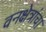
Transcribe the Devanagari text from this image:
वनक्षेत्रांचा